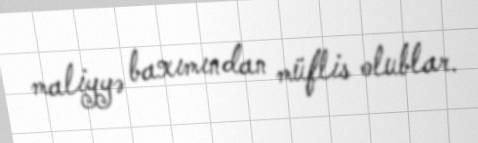
maliyyə baxımından müflis olublar.